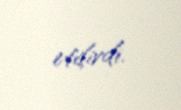
etdirdi.